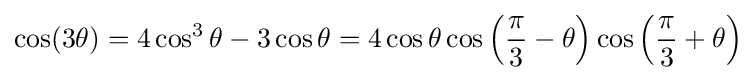
\cos(3\theta )=4\cos ^{3}\theta -3\cos \theta =4\cos \theta \cos \left({\frac {\pi }{3}}-\theta \right)\cos \left({\frac {\pi }{3}}+\theta \right)